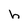
Character: h